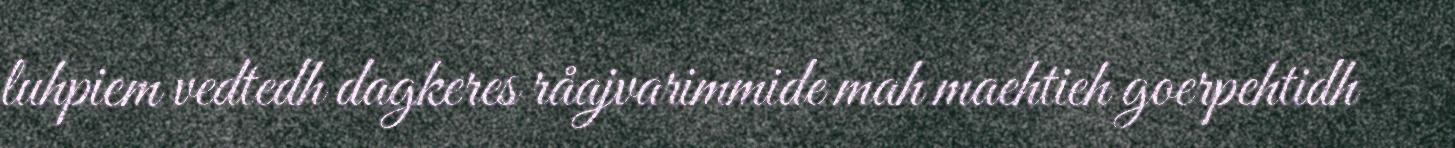
luhpiem vedtedh dagkeres råajvarimmide mah maehtieh goerpehtidh